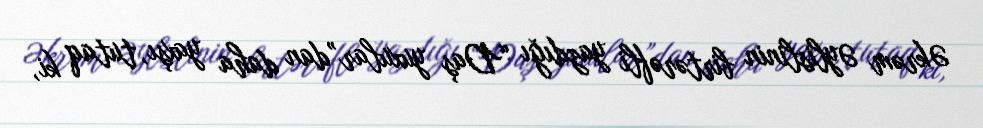
Əkrəm Əylislinin birtərəfli yazdığı “Daş yuxular”dan daha yaxşı, tutaq ki,